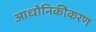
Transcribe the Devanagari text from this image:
आधोनिकीकरण